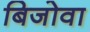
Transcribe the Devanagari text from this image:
बिजोवा